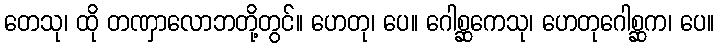
တေသု၊ ထို တဏှာလောဘတို့တွင်။ ဟေတု၊ ပေ။ ဂေါစ္ဆကေသု၊ ဟေတုဂေါစ္ဆက၊ ပေ။